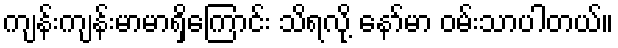
ကျန်းကျန်းမာမာရှိကြောင်း သိရလို့ နော်မာ ဝမ်းသာပါတယ်။